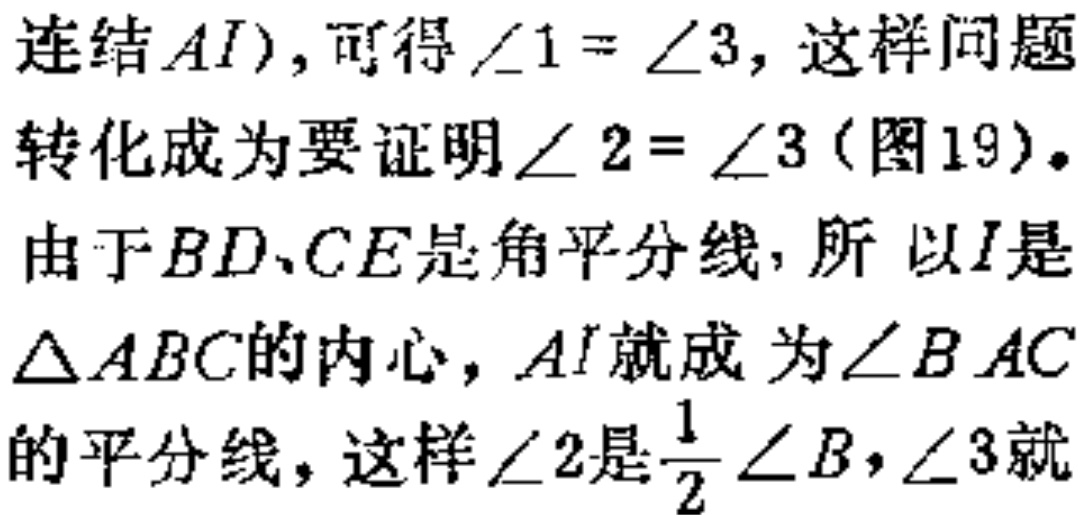
连结\(AI\)，可得\(\angle 1 = \angle 3\)，这样问题转化成为要证明\(\angle 2 = \angle 3\)（图19）。由于\(BD、CE\)是角平分线，所以\(I\)是\(\triangle ABC\)的内心，\(AI\)就成为\(\angle BAC\)的平分线，这样\(\angle 2\)是\(\frac{1}{2}\angle B\)，\(\angle 3\)就